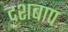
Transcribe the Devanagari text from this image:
दशबाप